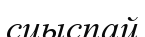
сиыспай